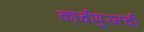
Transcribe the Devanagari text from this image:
कांचीपुरमची